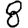
Digit: 8